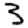
Digit: 3